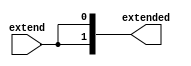
`timescale 1ns / 1ns

module sign_extender#(
		      parameter WIDTH =1,
		      parameter NEW_WIDTH = 2*WIDTH
		      ) (
			 input [WIDTH-1:0] 	extend,
			 output reg [NEW_WIDTH-1:0] extended	   
			 );

   always @(*)
      extended[NEW_WIDTH-1:0] = { {WIDTH{extend[WIDTH-1]}}, extend[WIDTH-1:0] };
   
endmodule // sign_extender